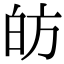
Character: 𭽍